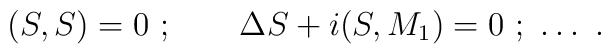
(S,S) =0 \ ;\qquad \Delta S +i (S,M_1)=0\ ;\ \ldots \ .